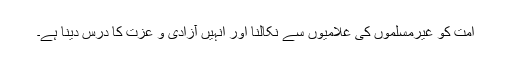
امت کو غیرمسلموں کی غلامیوں سے نکالنا اور انہیں آزادی و عزت کا درس دینا ہے۔